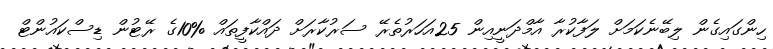
ހިންގައިގެން ލިބޭނެކަމަށް ލަފާކުރާ އާމްދަނީއިން 25އަހަރުތެރޭ ސަރުކާރަށް ދައްކާފީތައް %10ގެ ރޭޓުން ޑިސްކައުންޓް